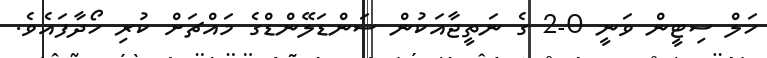
ހަލް ސިޓީން ވަނީ 0-2 ގެ ނަތީޖާއަކުން ސަންޑަލޭންޑްގެ މައްޗަށް ކުރި ހޯދާފައެވެ.